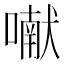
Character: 𰈯